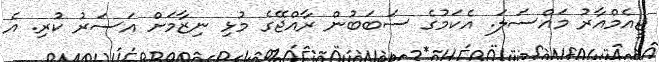
ޖީއެމްއާރު މައްސަލަ. އެކަމުގެ ސަބަބުން ރާއްޖޭގެ މުޅި ނިޒާމަށް އަސަރު ކުރި. އެ